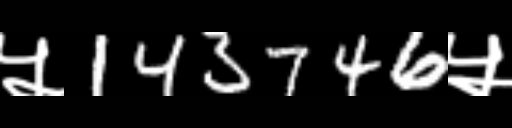
Text: ५143746५